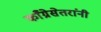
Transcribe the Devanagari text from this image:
काँग्रेसेतरांनी